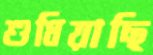
শুধিয়াছি